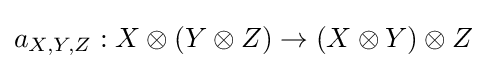
a_{X,Y,Z}:X\otimes (Y\otimes Z)\to (X\otimes Y)\otimes Z